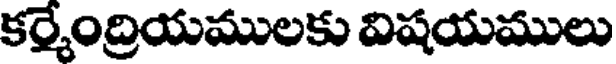
కర్మేంద్రియములకు విషయములు